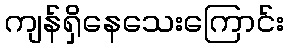
ကျန်ရှိနေသေးကြောင်း